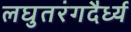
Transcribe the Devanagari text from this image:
लघुतरंगदैर्ध्य